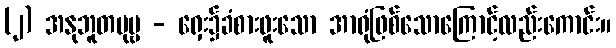
(၂) အနုဘူတပုဗ္ဗ - ရှေး၌ခံစားဖူးသော အာရုံဖြစ်သောကြောင့်လည်းကောင်း။